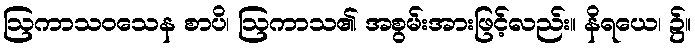
ဩကာသဝသေန စာပိ၊ ဩကာသ၏ အစွမ်းအားဖြင့်လည်း။ နိရယေ၊ ၌။